Lunatic asylums Central Provinces reports 1895-1909 - 1895-1909
Year: 1895
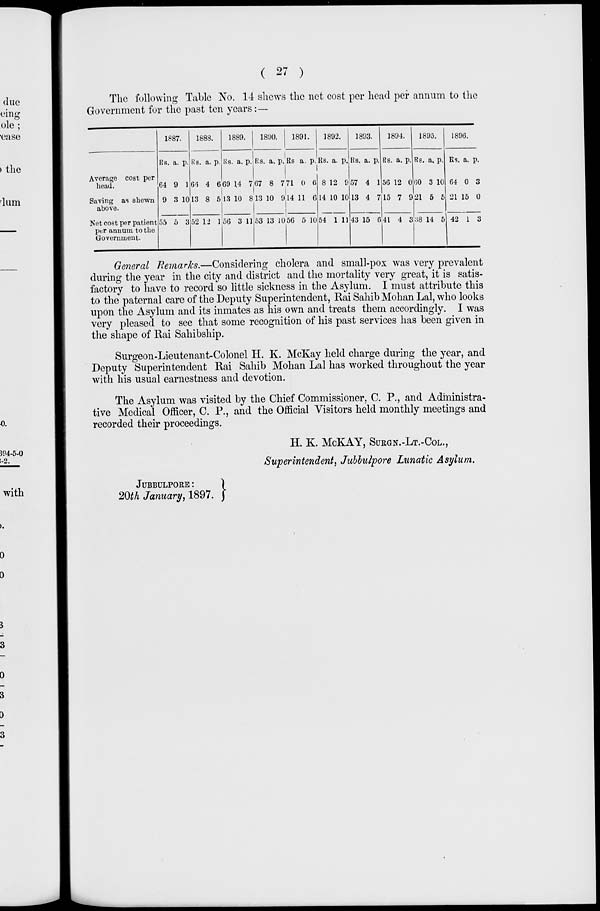
( 27 )
The following Table No. 14 shews the net cost per head per annum to the
Government for the past ten years:—
Average cost per
head.
Saving as shewn
above.
Net cost per patient
per annum to the
Government.
1887.
Rs.
64
9
55
a.
9
3
5
p.
1
10
3
1888.
Rs.
66
13
52
a.
4
8
12
p.
6
5
1
1889.
Rs.
69
13
56
a.
14
10
3
p.
7
8
11
1890.
Rs.
67
13
53
a.
8
10
13
p.
7
9
10
1891.
Rs
71
14
56
a.
0
11
5
p.
6
6
10
1892.
Rs.
8
14
54
a.
12
10
1
p.
9
10
11
1893.
Rs.
57
13
43
a.
4
4
15
p.
1
7
6
1894.
Rs.
56
15
41
a.
12
7
4
p.
0
9
3
1895.
Rs.
60
21
38
a.
3
5
14
p.
10
5
5
1896.
Rs.
64
21
42
a.
0
15
1
p.
3
0
3
General Remarks.—Considering cholera and small-pox was very prevalent
during the year in the city and district and the mortality very great, it is satis-
factory to have to record so little sickness in the Asylum. I must attribute this
to the paternal care of the Deputy Superintendent, Rai Sahib Mohan Lal, who looks
upon the Asylum and its inmates as his own and treats them accordingly. I was
very pleased to see that some recognition of his past services has been given in
the shape of Rai Sahibship.
Surgeon-Lieutenant-Colonel H. K. McKay held charge during the year, and
Deputy Superintendent Rai Sahib Mohan Lal has worked throughout the year
with his usual earnestness and devotion.
The Asylum was visited by the Chief Commissioner, C. P., and Administra-
tive Medical Officer, C. P., and the Official Visitors held monthly meetings and
recorded their proceedings.
H. K. McKAY, SURGN.-LT.-COL.,
Superintendent, Jubbulpore Lunatic Asylum.
JUBBULPORE:
20th January, 1897.